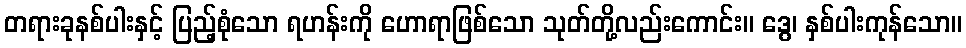
တရားခုနစ်ပါးနှင့် ပြည့်စုံသော ရဟန်းကို ဟောရာဖြစ်သော သုတ်တို့လည်းကောင်း။ ဒွေ၊ နှစ်ပါးကုန်သော။